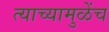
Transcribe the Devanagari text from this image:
त्याच्यामुळेंच